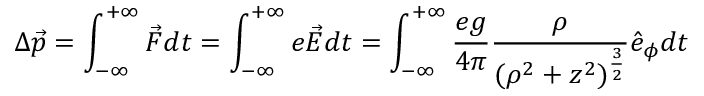
\Delta \vec { p } = \int _ { - \infty } ^ { + \infty } \vec { F } d t = \int _ { - \infty } ^ { + \infty } e \vec { E } d t = \int _ { - \infty } ^ { + \infty } \frac { e g } { 4 \pi } \frac { \rho } { ( \rho ^ { 2 } + z ^ { 2 } ) ^ { \frac { 3 } { 2 } } } \hat { e } _ { \phi } d t